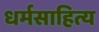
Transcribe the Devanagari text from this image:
धर्मसाहित्य